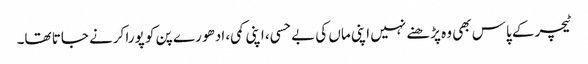
ٹیچر کے پاس بھی وہ پڑھنے نہیں اپنی ماں کی بے حسی، اپنی کمی، ادھو رے پن کو پورا کرنے جاتا تھا۔